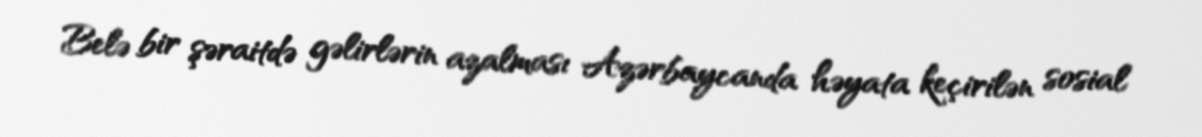
Belə bir şəraitdə gəlirlərin azalması Azərbaycanda həyata keçirilən sosial